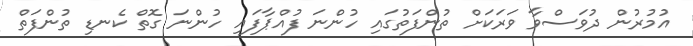
އުމުރުން ދުވަސްވާ ވަރަކަށް ތުންފަތުގައި ހުންނަ ފުއްޕާފައި ހުންނަ ގޮތް ކެނޑި ތުންފަތް